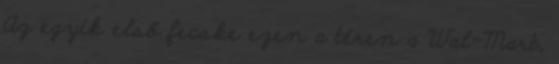
Az egyik első fecske ezen a téren a Wal-Mart,